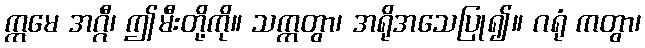
ဣမေ အဂ္ဂီ၊ ဤမီးတို့ကို။ သက္ကတွာ၊ အရိုအသေပြု၍။ ဂရုံ ကတွာ၊